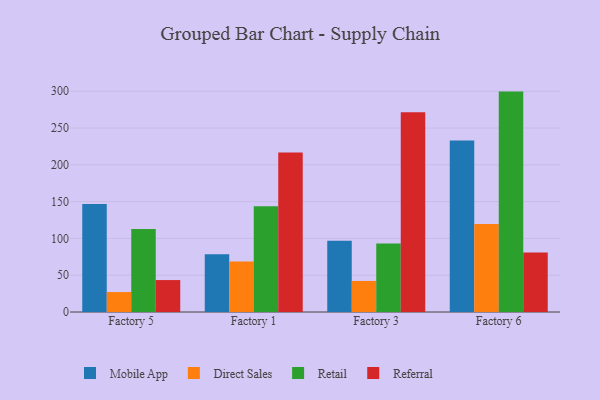
{"axis": {"x": "Factory", "y": "Energy Usage (MWh)"}, "legend": ["Direct Sales", "Mobile App", "Referral", "Retail"], "data": [{"x": "Factory 5", "y": 146.8, "type": "Mobile App"}, {"x": "Factory 5", "y": 27.1, "type": "Direct Sales"}, {"x": "Factory 5", "y": 112.7, "type": "Retail"}, {"x": "Factory 5", "y": 43.4, "type": "Referral"}, {"x": "Factory 1", "y": 78.6, "type": "Mobile App"}, {"x": "Factory 1", "y": 68.5, "type": "Direct Sales"}, {"x": "Factory 1", "y": 143.6, "type": "Retail"}, {"x": "Factory 1", "y": 216.8, "type": "Referral"}, {"x": "Factory 3", "y": 96.8, "type": "Mobile App"}, {"x": "Factory 3", "y": 42.2, "type": "Direct Sales"}, {"x": "Factory 3", "y": 93.0, "type": "Retail"}, {"x": "Factory 3", "y": 271.5, "type": "Referral"}, {"x": "Factory 6", "y": 233.2, "type": "Mobile App"}, {"x": "Factory 6", "y": 119.5, "type": "Direct Sales"}, {"x": "Factory 6", "y": 299.5, "type": "Retail"}, {"x": "Factory 6", "y": 81.0, "type": "Referral"}]}